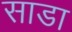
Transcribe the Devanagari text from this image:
साडा